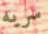
سريه